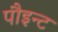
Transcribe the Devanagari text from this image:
पौइन्ट